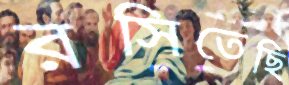
রসিতেছি